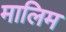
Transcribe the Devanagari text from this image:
मालिम